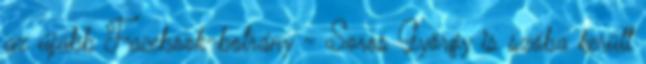
az újabb Facebook-botrány - Soros György is szóba került